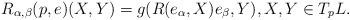
LaTeX: \begin{align*}R_{\alpha,\beta}(p,e)(X,Y)=g(R(e_{\alpha},X)e_{\beta},Y),X,Y\in T_pL.\end{align*}